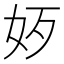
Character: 𡛃